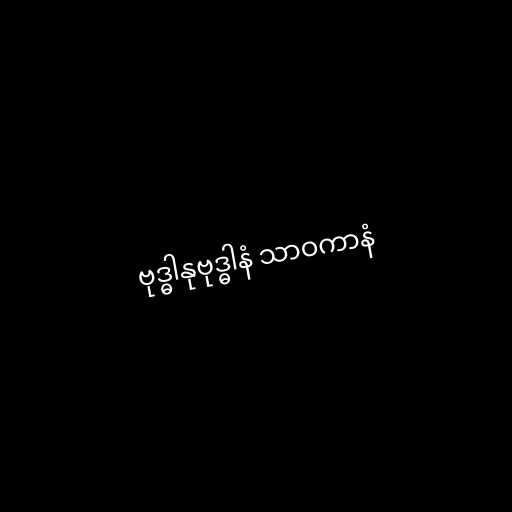
ဗုဒ္ဓါနုဗုဒ္ဓါနံ သာဝကာနံ